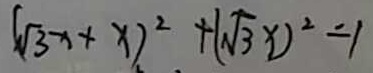
( \sqrt { 3 } x + x ) ^ { 2 } + ( \sqrt { 3 } x ) ^ { 2 } = 1